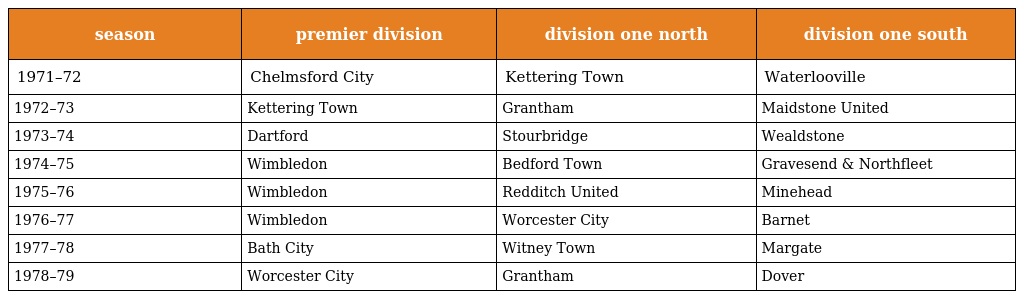
| season | premier division | division one north | division one south |
 | --- | --- | --- | --- |
 | 1971–72 | Chelmsford City | Kettering Town | Waterlooville |
 | 1972–73 | Kettering Town | Grantham | Maidstone United |
 | 1973–74 | Dartford | Stourbridge | Wealdstone |
 | 1974–75 | Wimbledon | Bedford Town | Gravesend & Northfleet |
 | 1975–76 | Wimbledon | Redditch United | Minehead |
 | 1976–77 | Wimbledon | Worcester City | Barnet |
 | 1977–78 | Bath City | Witney Town | Margate |
 | 1978–79 | Worcester City | Grantham | Dover |